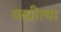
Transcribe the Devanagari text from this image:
यत्प्रीत्या